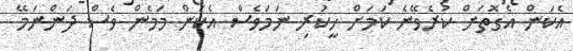
އެކަން އެގޮތަށް ކުރެވޭނެ ކަމަށް ހީކުރި ނަމަވެސް އެކަން މަމެން ވެސް ދަންނަމޭ